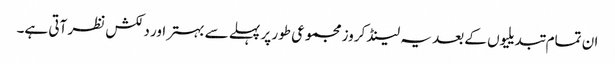
ان تمام تبدیلیوں کے بعد یہ لینڈ کروز مجموعی طور پر پہلے سے بہتر اور دلکش نظر آتی ہے۔